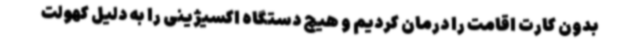
بدون کارت اقامت را درمان کردیم و هیچ دستگاه اکسیژینی را به دلیل کهولت